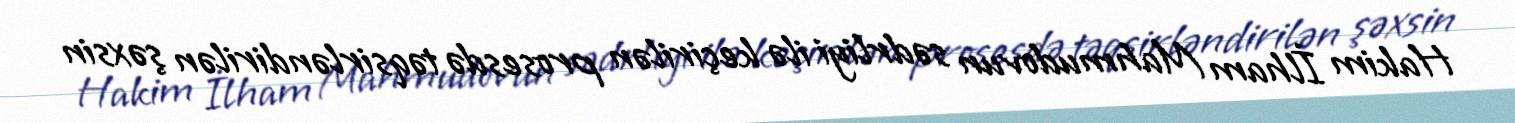
Hakim İlham Mahmudovun sədrliyi ilə keçirilən prosesdə təqsirləndirilən şəxsin